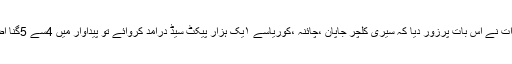
کیڑے پال حضرات نے اس بات پرزور دیا کہ سیری کلچر جاپان ،چائنہ ،کوریاسے ۱یک ہزار پیکٹ سیڈ درآمد کروائے تو پیداوار میں 4سے 5گنا اضافہ ہوسکتاہے ۔